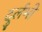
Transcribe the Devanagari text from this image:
दुर्लभो